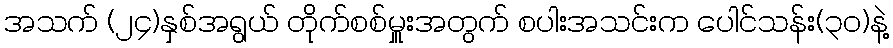
အသက် (၂၄)နှစ်အရွယ် တိုက်စစ်မှူးအတွက် စပါးအသင်းက ပေါင်သန်း(၃၀)နဲ့